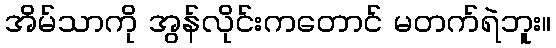
အိမ်သာကို အွန်လိုင်းကတောင် မတက်ရဲဘူး။